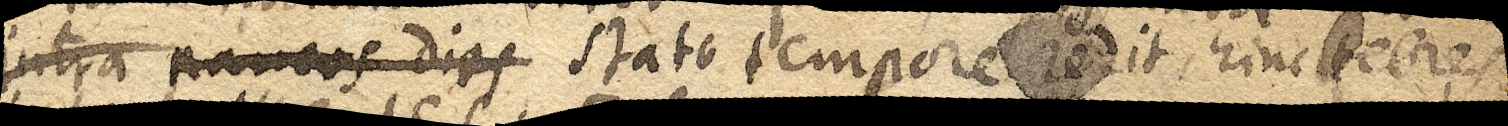
intra paucos dies stato tempore redit, hinc febres